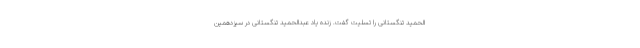
الحمید تنگستانی را تسلیت گفت. زنده یاد عبدالحمید تنگستانی در سیزدهمین